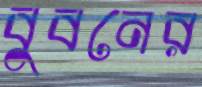
বুবনের